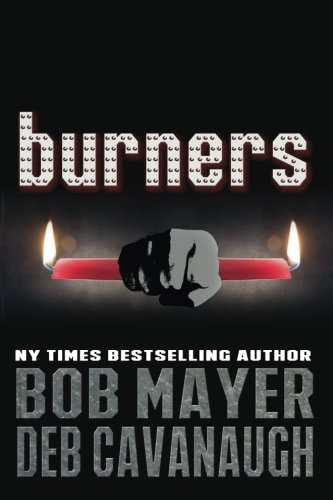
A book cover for burners (Volume 1); Bob Mayer; Science Fiction & Fantasy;